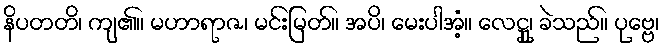
နိပတတိ၊ ကျ၏။ မဟာရာဇ၊ မင်းမြတ်။ အပိ၊ မေးပါအံ့။ လေဋ္ဌု၊ ခဲသည်။ ပုဗ္ဗေ၊